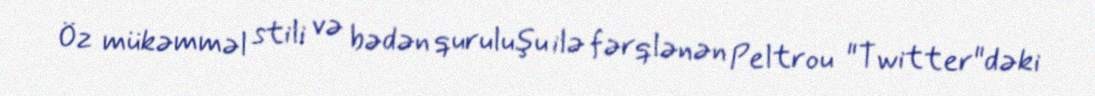
Öz mükəmməl stili və bədən quruluşu ilə fərqlənən Peltrou "Twitter"dəki